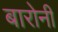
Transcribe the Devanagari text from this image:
बारोनी